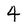
Character: 4